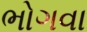
ભોગવા